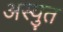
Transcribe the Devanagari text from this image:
अस्युत